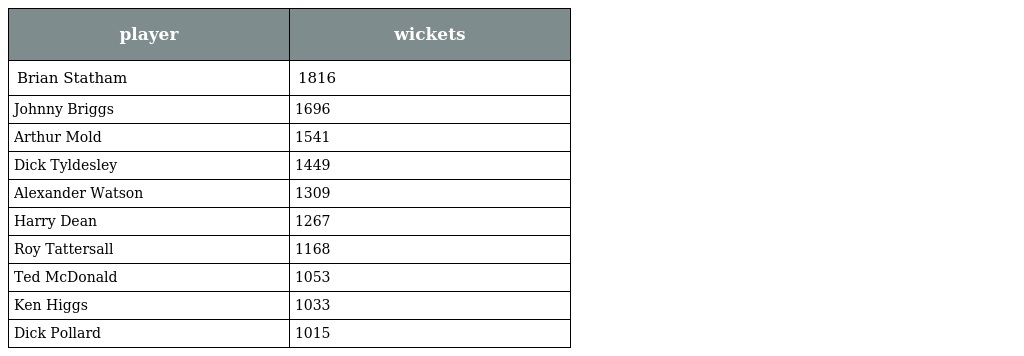
| player | wickets |
 | --- | --- |
 | Brian Statham | 1816 |
 | Johnny Briggs | 1696 |
 | Arthur Mold | 1541 |
 | Dick Tyldesley | 1449 |
 | Alexander Watson | 1309 |
 | Harry Dean | 1267 |
 | Roy Tattersall | 1168 |
 | Ted McDonald | 1053 |
 | Ken Higgs | 1033 |
 | Dick Pollard | 1015 |